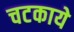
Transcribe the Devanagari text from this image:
चटकाये